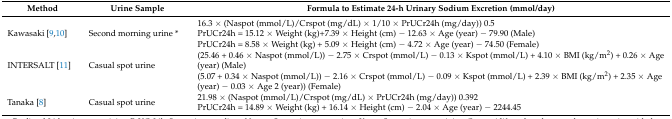
<table><thead><tr><td><b>Method</b></td><td><b>Urine Sample</b></td><td><b>Formula to Estimate 24-h Urinary Sodium Excretion (mmol/day)</b></td></tr></thead><tbody><tr><td rowspan="3">Kawasaki [9,10]</td><td rowspan="3">Second morning urine *</td><td>16.3 × (Naspot (mmol/L)/Crspot (mg/dL) × 1/10 × PrUCr24h (mg/day)) 0.5</td></tr><tr><td>PrUCr24h = 15.12 × Weight (kg)+7.39 × Height (cm) − 12.63 × Age (year) − 79.90 (Male)</td></tr><tr><td>PrUCr24h = 8.58 × Weight (kg) + 5.09 × Height (cm) − 4.72 × Age (year) − 74.50 (Female)</td></tr><tr><td rowspan="2">INTERSALT [11]</td><td rowspan="2">Casual spot urine</td><td>(25.46 + 0.46 × Naspot (mmol/L)) − 2.75 × Crspot (mmol/L) − 0.13 × Kspot (mmol/L) + 4.10 × BMI (kg/m<sup>2</sup>) + 0.26 × Age (year) (Male)</td></tr><tr><td>(5.07 + 0.34 × Naspot (mmol/L)) − 2.16 × Crspot (mmol/L) − 0.09 × Kspot (mmol/L) + 2.39 × BMI (kg/m<sup>2</sup>) + 2.35 × Age (year) − 0.03 × Age 2 (year)) (Female)</td></tr><tr><td rowspan="2">Tanaka [8]</td><td rowspan="2">Casual spot urine</td><td>21.98 × (Naspot (mmol/L)/Crspot (mg/dL) × PrUCr24h (mg/day)) 0.392</td></tr><tr><td>PrUCr24h = 14.89 × Weight (kg) + 16.14 × Height (cm) − 2.04 × Age (year) − 2244.45</td></tr></tbody></table>